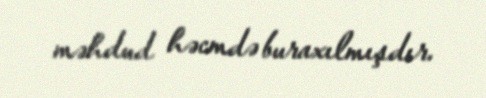
məhdud həcmdə buraxılmışdır.